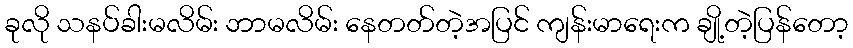
ခုလို သနပ်ခါးမလိမ်း ဘာမလိမ်း နေတတ်တဲ့အပြင် ကျန်းမာရေးက ချို့တဲ့ပြန်တော့